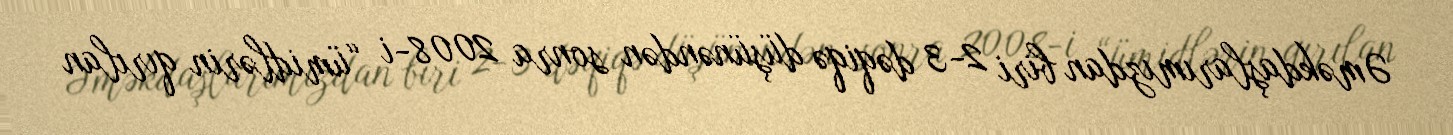
Əməkdaşlarımızdan biri 2-3 dəqiqə düşünəndən sonra 2008-i “ümidlərin qırılan